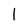
Character: 1